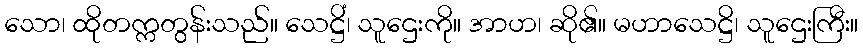
သော၊ ထိုတက္ကတွန်းသည်။ သေဋ္ဌိံ၊ သူဌေးကို။ အာဟ၊ ဆို၏။ မဟာသေဋ္ဌိ၊ သူဌေးကြီး။